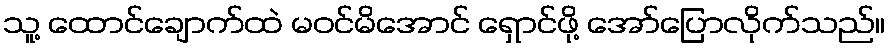
သူ့ ထောင်ချောက်ထဲ မဝင်မိအောင် ရှောင်ဖို့ အော်ပြောလိုက်သည်။